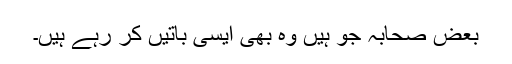
بعض صحابہ جو ہیں وہ بھی ایسی باتیں کر رہے ہیں۔